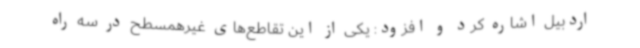
اردبیل اشاره کرد و افزود: یکی از این تقاطع‌های غیرهمسطح در سه راه